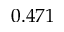
0 . 4 7 1